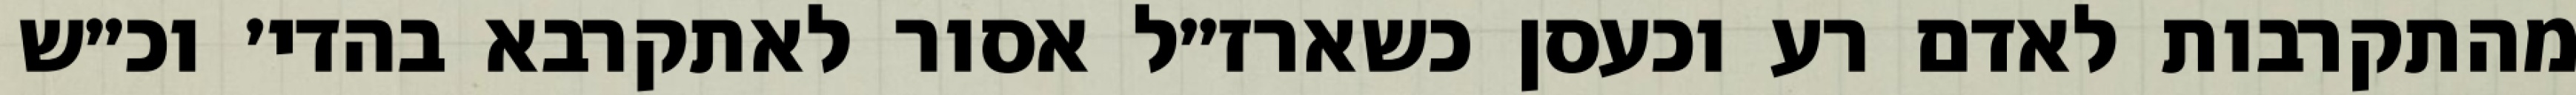
מהתקרבות לאדם רע וכעסן כשארז״ל אסור לאתקרבא בהדי׳ וכ״ש